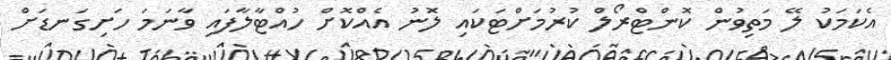
އެކަމަކު ލޭ މަތިވުން ކޮންޓްރޯލް ކުރުމަށްޓަކައި ލޮނު އެއްކޮށް ހުއްޓާލާފައި ވާނަމަ ހަށިގަނޑަށް